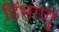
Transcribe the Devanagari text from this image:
डिंभाणु